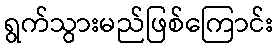
ရွက်သွားမည်ဖြစ်ကြောင်း